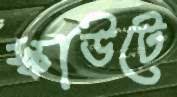
স্কাউটে